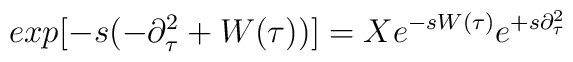
exp[-s(-\partial_{\tau}^2+W(\tau))]=X e^{-s W(\tau)} e^{+s\partial_{\tau}^2}